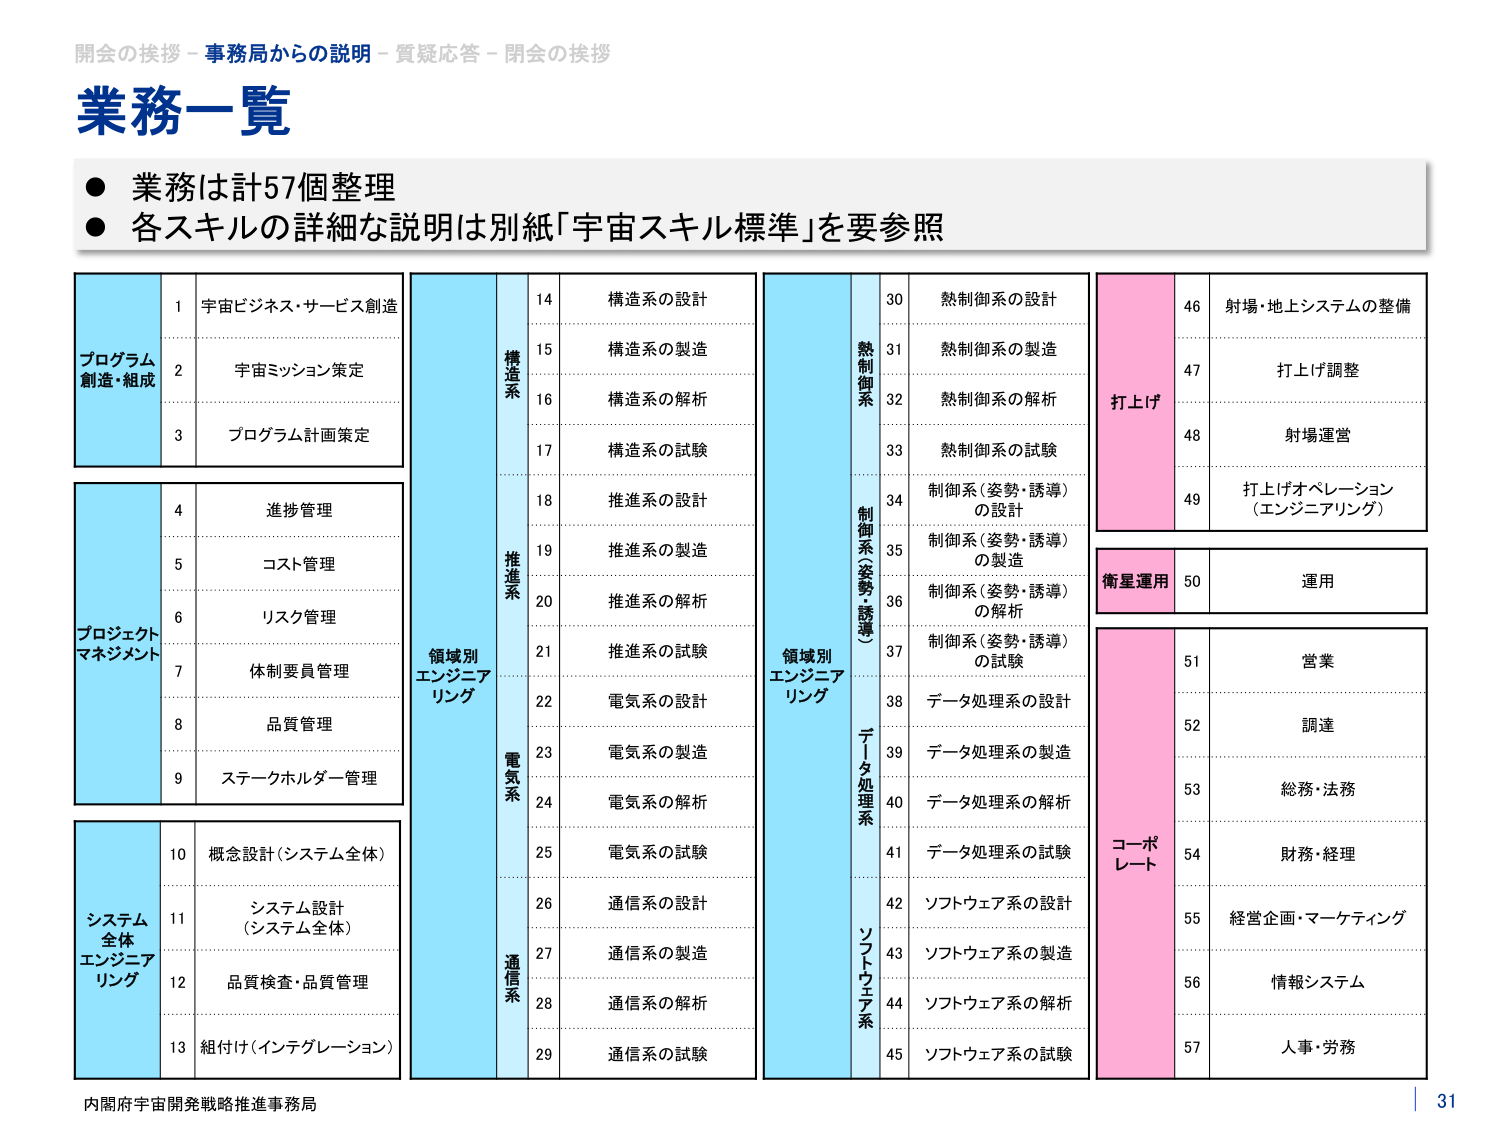
開会の挨拶 - 事務局からの説明 - 質疑応答 - 閉会の挨拶
業務一覧
● 業務は計57個整理
● 各スキルの詳細な説明は別紙「宇宙スキル標準」を要参照

プログラム
創造・組成
1 宇宙ビジネス・サービス創造
2 宇宙ミッション策定
3 プログラム計画策定

プロジェクト
マネジメント
4 進捗管理
5 コスト管理
6 リスク管理
7 体制委員管理
8 品質管理
9 ステークホルダー管理

システム
全体
エンジニアリング
10 概念設計（システム全体）
11 システム設計（システム全体）
12 品質検査・品質管理
13 組付け（インテグレーション）

領域別
エンジニアリング
構造系
14 構造系の設計
15 構造系の製造
16 構造系の解析
17 構造系の試験

推進系
18 推進系の設計
19 推進系の製造
20 推進系の解析
21 推進系の試験

電気系
22 電気系の設計
23 電気系の製造
24 電気系の解析
25 電気系の試験

通信系
26 通信系の設計
27 通信系の製造
28 通信系の解析
29 通信系の試験

領域別
エンジニアリング
熱制御系
30 熱制御系の設計
31 熱制御系の製造
32 熱制御系の解析
33 熱制御系の試験

制御系（姿勢・誘導）
34 制御系（姿勢・誘導）の設計
35 制御系（姿勢・誘導）の製造
36 制御系（姿勢・誘導）の解析
37 制御系（姿勢・誘導）の試験

データ処理系
38 データ処理系の設計
39 データ処理系の製造
40 データ処理系の解析
41 データ処理系の試験

ソフトウェア系
42 ソフトウェア系の設計
43 ソフトウェア系の製造
44 ソフトウェア系の解析
45 ソフトウェア系の試験

打上げ
46 射場・地上システムの整備
47 打上げ調整
48 射場運営
49 打上げオペレーション（エンジニアリング）

衛星運用
50 運用

コーポレート
51 営業
52 調達
53 総務・法務
54 財務・経理
55 経営企画・マーケティング
56 情報システム
57 人事・労務

内閣府宇宙開発戦略推進事務局
31